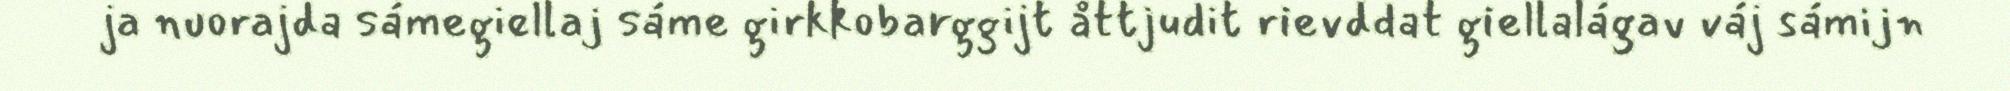
ja nuorajda sámegiellaj sáme girkkobarggijt åttjudit rievddat giellalágav váj sámijn